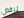
نرفض